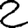
Digit: 2